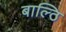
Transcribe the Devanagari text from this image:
बाल्ठि